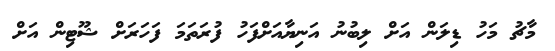
މާޗު މަހު ޑިލަން އަށް ލިބުނު އަނިޔާއަށްފަހު ފުރަތަމަ ފަހަރަށް ޝޫޓިން އަށް